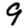
Digit: 9